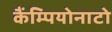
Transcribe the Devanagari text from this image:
कैंम्पियोनाटो